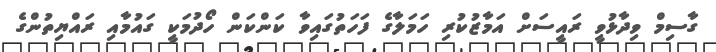
ގާސިމް ވިދާޅުވީ ރައީސަށް އަމާޒުކުރި ހަމަލާގެ ފަހަތުގައިވާ ކަންކަން ހޯދުމަކީ ގައުމާއި ރައްޔިތުންގެ